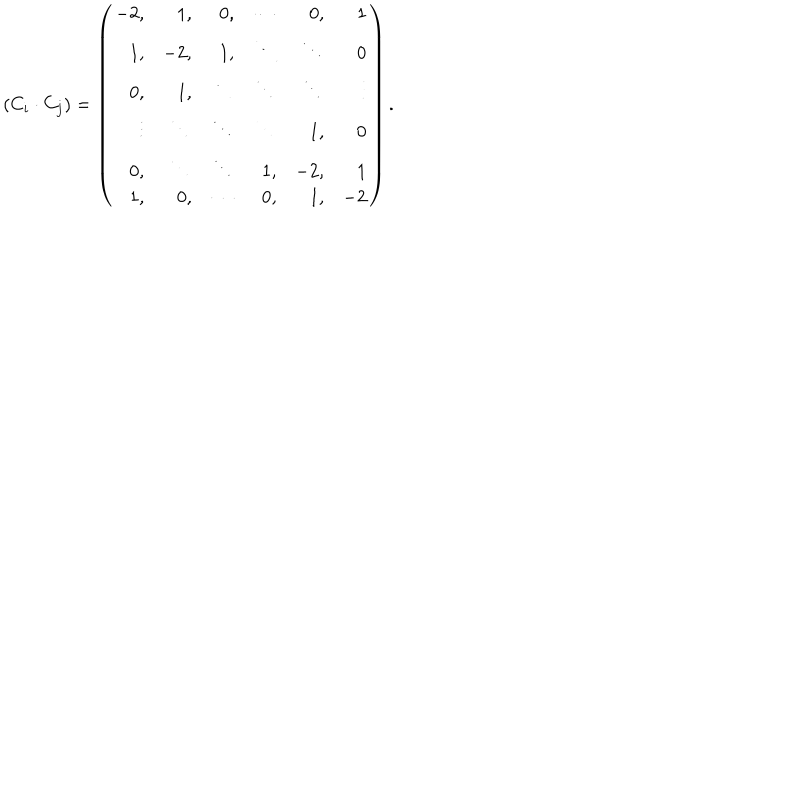
( C _ { i } \cdot C _ { j } ) = \left( \begin{array} { r r r r r r } { { - 2 , } } & { { 1 , } } & { { 0 , } } & { { \cdots } } & { { 0 , } } & { { 1 } } \\ { { 1 , } } & { { - 2 , } } & { { 1 , } } & { { \ddots } } & { { \ddots } } & { { 0 } } \\ { { 0 , } } & { { 1 , } } & { { \ddots } } & { { \ddots } } & { { \ddots } } & { { \vdots } } \\ { { \vdots } } & { { \ddots } } & { { \ddots } } & { { \ddots } } & { { 1 , } } & { { 0 } } \\ { { 0 , } } & { { \ddots } } & { { \ddots } } & { { 1 , } } & { { - 2 , } } & { { 1 } } \\ { { 1 , } } & { { 0 , } } & { { \cdots } } & { { 0 , } } & { { 1 , } } & { { - 2 } } \\ \end{array} \right) .